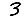
Digit: 3